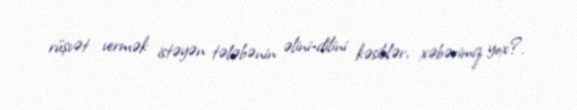
rüşvət vermək istəyən tələbənin əlini-dilini kəsiblər, xəbərimiz yox?.